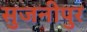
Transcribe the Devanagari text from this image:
सुजनीपुर